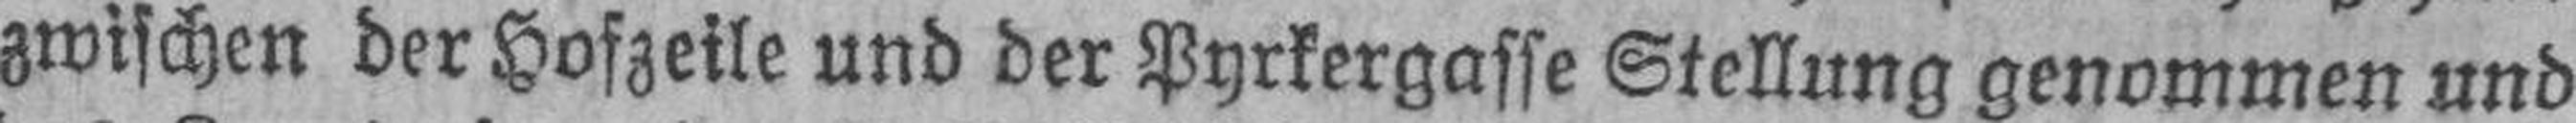
zwischen der Hofzeile und der Pyrkergasse Stellung genommen und